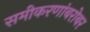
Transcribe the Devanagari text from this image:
समीकरणांबरोबर